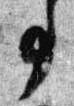
事